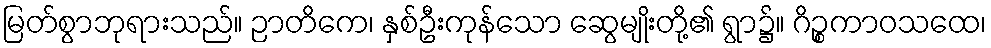
မြတ်စွာဘုရားသည်။ ဉာတိကေ၊ နှစ်ဦးကုန်သော ဆွေမျိုးတို့၏ ရွာ၌။ ဂိဉ္စကာဝသထေ၊